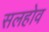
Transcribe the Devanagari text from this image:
सलहोव